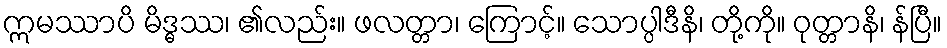
ဣမဿာပိ မိဒ္ဓဿ၊ ၏လည်း။ ဖလတ္တာ၊ ကြောင့်။ သောပ္ပါဒီနိ၊ တို့ကို။ ဝုတ္တာနိ၊ န်ပြီ။